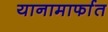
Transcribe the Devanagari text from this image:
यानामार्फात